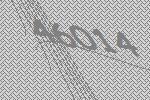
46014